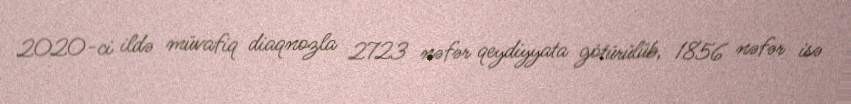
2020-ci ildə müvafiq diaqnozla 2723 nəfər qeydiyyata götürülüb, 1856 nəfər isə